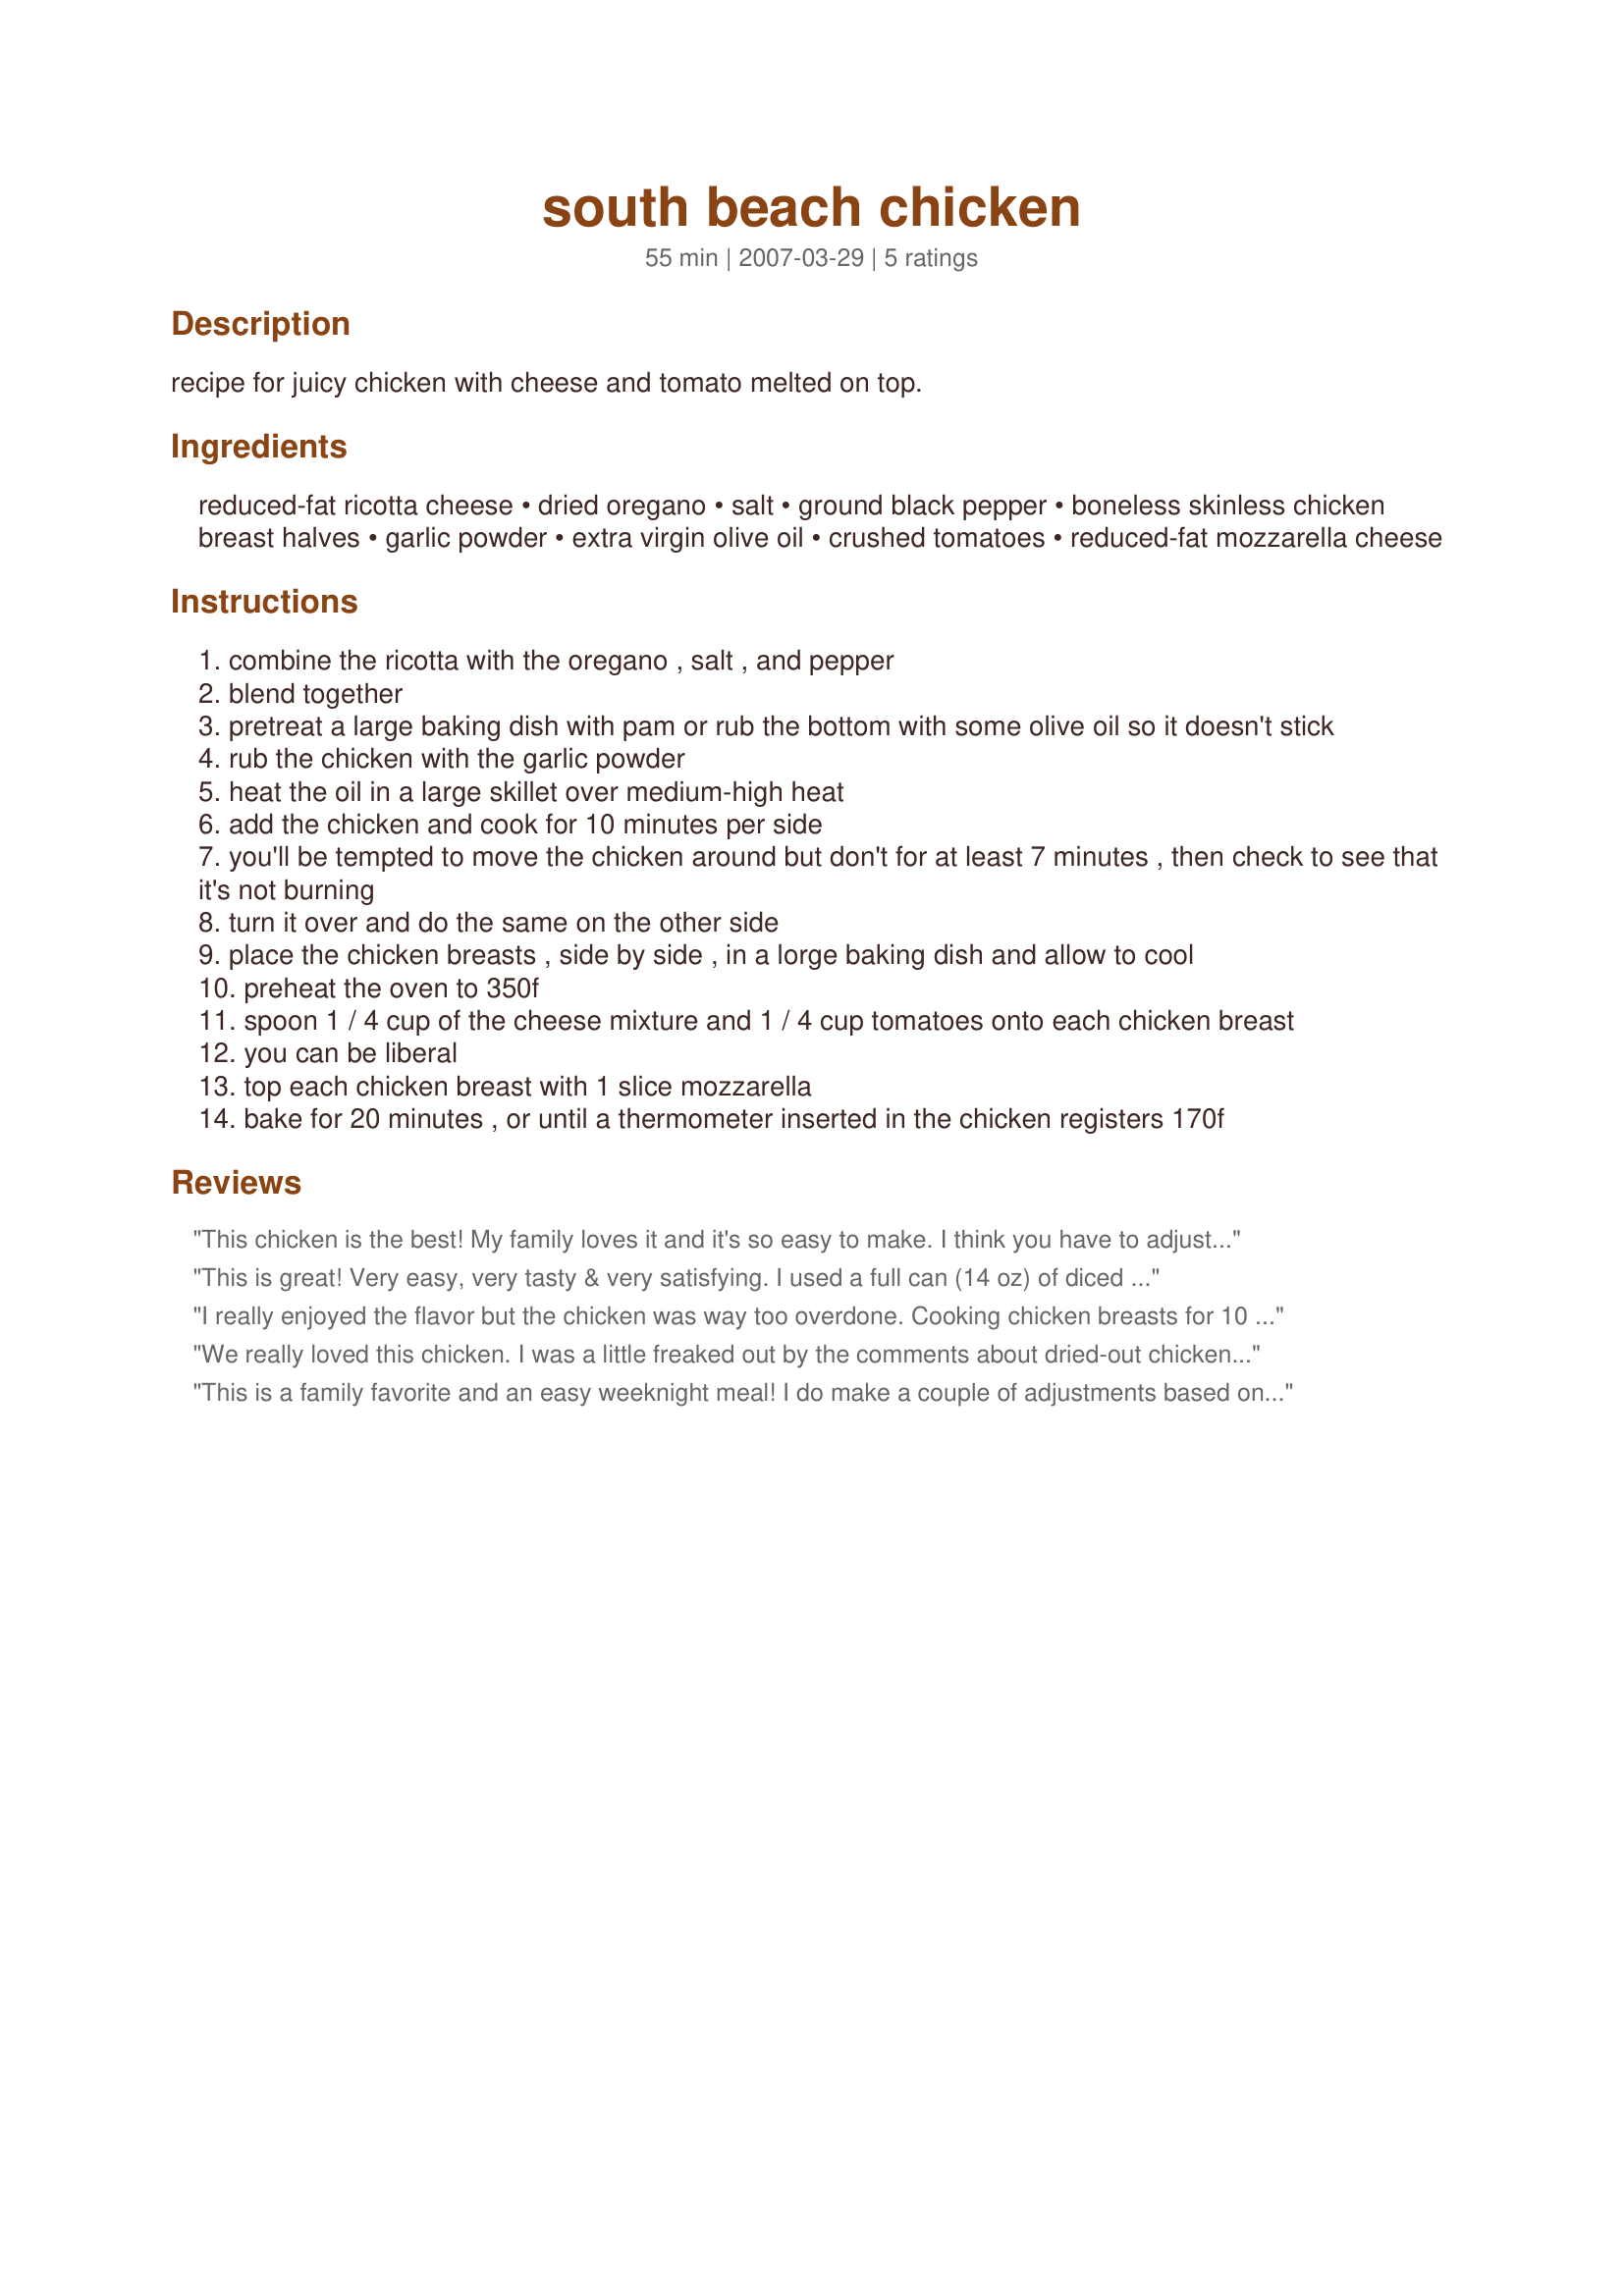
south beach chicken
Preparation time: 55 minutes

recipe for juicy chicken with cheese and tomato melted on top.

Ingredients:
reduced-fat ricotta cheese, dried oregano, salt, ground black pepper, boneless skinless chicken breast halves, garlic powder, extra virgin olive oil, crushed tomatoes, reduced-fat mozzarella cheese

Steps:
combine the ricotta with the oregano , salt , and pepper
blend together
pretreat a large baking dish with pam or rub the bottom with some olive oil so it doesn't stick
rub the chicken with the garlic powder
heat the oil in a large skillet over medium-high heat
add the chicken and cook for 10 minutes per side
you'll be tempted to move the chicken around but don't for at least 7 minutes , then check to see that it's not burning
turn it over and do the same on the other side
place the chicken breasts , side by side , in a lorge baking dish and allow to cool
preheat the oven to 350f
spoon 1 / 4 cup of the cheese mixture and 1 / 4 cup tomatoes onto each chicken breast
you can be liberal
top each chicken breast with 1 slice mozzarella
bake for 20 minutes , or until a thermometer inserted in the chicken registers 170f

Reviews:
This chicken is the best! My family loves it and it's so easy to make. I think you have to adjust the cooking time based on how thick your chicken is. I've made this half a dozen times and it was never dried out.
This is great! Very easy, very tasty & very satisfying. I used a full can (14 oz) of diced tomatoes instead of the crushed. And some homemade pesto mixed with the ricotta instead of oregano. Yummy!
I really enjoyed the flavor but the chicken was way too overdone. Cooking chicken breasts for 10 minutes on each side over medium-high heat, then baking it for 20 minutes? Yikes. Waaay too tough. I think I'll try this seasoning/ricotta combo again though. Very tasty.
We really loved this chicken. I was a little freaked out by the comments about dried-out chicken, so I didn't cook the chicken for 10 minutes on each side...and ended up having to spend more time cooking it in the oven. It wasn't quite done at 20 minutes, and I think it would have benefited from additional saute time.

The only other modifications were adding a little dried basil to the ricotta, using a can of crushed tomatoes (slightly drained), and shredded mozzarella. I will definitely make this again!
This is a family favorite and an easy weeknight meal!

I do make a couple of adjustments based on my family's preferences. I peel and slice an eggplant to 1/4 inch slices, spray with olive oil, and bake it in the oven at 350 until soft. I then use those slices as the bottom layer in the casserole. I cook the chicken as the recipe states, but definitely adjust the cooking time so that the chicken is still tender when it comes out of the pan. It tends to cook a little more in the oven, and overcooking it in the pan makes it very hard and dry. I place the chicken on top of the eggplant, and then spoon the ricotta mixture on top (we use fat free ricotta - can't really taste a difference). Finally, I pour the tomatoes (I use Italian-style for a more distinct flavor) on and top with shredded mozzarella.

YUM!
